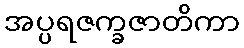
အပ္ပရဇက္ခဇာတိကာ